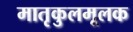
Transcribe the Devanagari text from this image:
मातृकुलमूलक